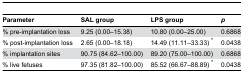
<table><thead><tr><td><b>Parameter</b></td><td><b>SAL group</b></td><td><b>LPS group</b></td><td><b><i>p</i></b></td></tr></thead><tbody><tr><td>% pre-implantation loss</td><td>9.25 (0.00–15.38)</td><td>10.80 (0.00–25.00)</td><td>0.6868</td></tr><tr><td>% post-implantation loss</td><td>2.65 (0.00–18.18)</td><td>14.49 (11.11–33.33) *</td><td>0.0438</td></tr><tr><td>% implantation sites</td><td>90.75 (84.62–100.00)</td><td>89.20 (75.00–100.00)</td><td>0.6868</td></tr><tr><td>% live fetuses</td><td>97.35 (81.82–100.00)</td><td>85.52 (66.67–88.89) *</td><td>0.0438</td></tr></tbody></table>